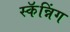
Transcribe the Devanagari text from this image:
स्कॅन्निंग